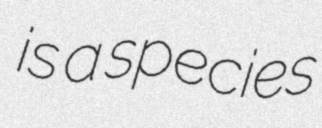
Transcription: is a species